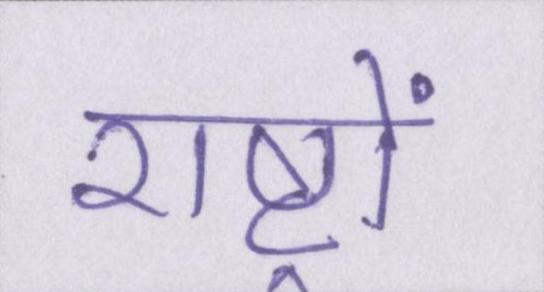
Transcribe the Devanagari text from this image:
राष्ट्रों